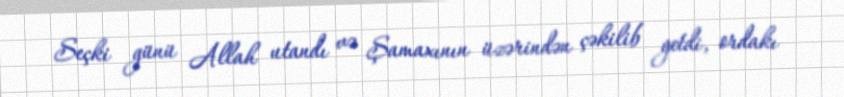
Seçki günü Allah utandı və Şamaxının üzərindən çəkilib getdi, ordakı